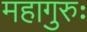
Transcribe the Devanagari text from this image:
महागुरुः